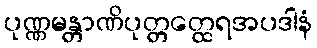
ပုဏ္ဏမန္တာဏိပုတ္တတ္ထေရအပဒါနံ